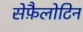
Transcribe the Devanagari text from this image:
सेफ़ैलोटिन